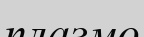
плазмо